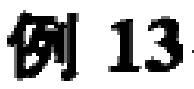
例 13